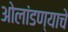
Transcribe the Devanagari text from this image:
ओलांडण्याचे